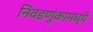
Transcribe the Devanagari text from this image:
निवडणुंकामध्ये